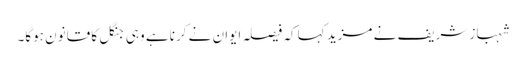
شہباز شریف نے مزید کہا کہ فیصلہ ایوان نے کرنا ہے وہی جنگل کا قانون ہوگا۔